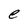
Character: e